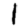
Digit: 1